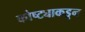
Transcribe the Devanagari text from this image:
कोष्ट्याकडून